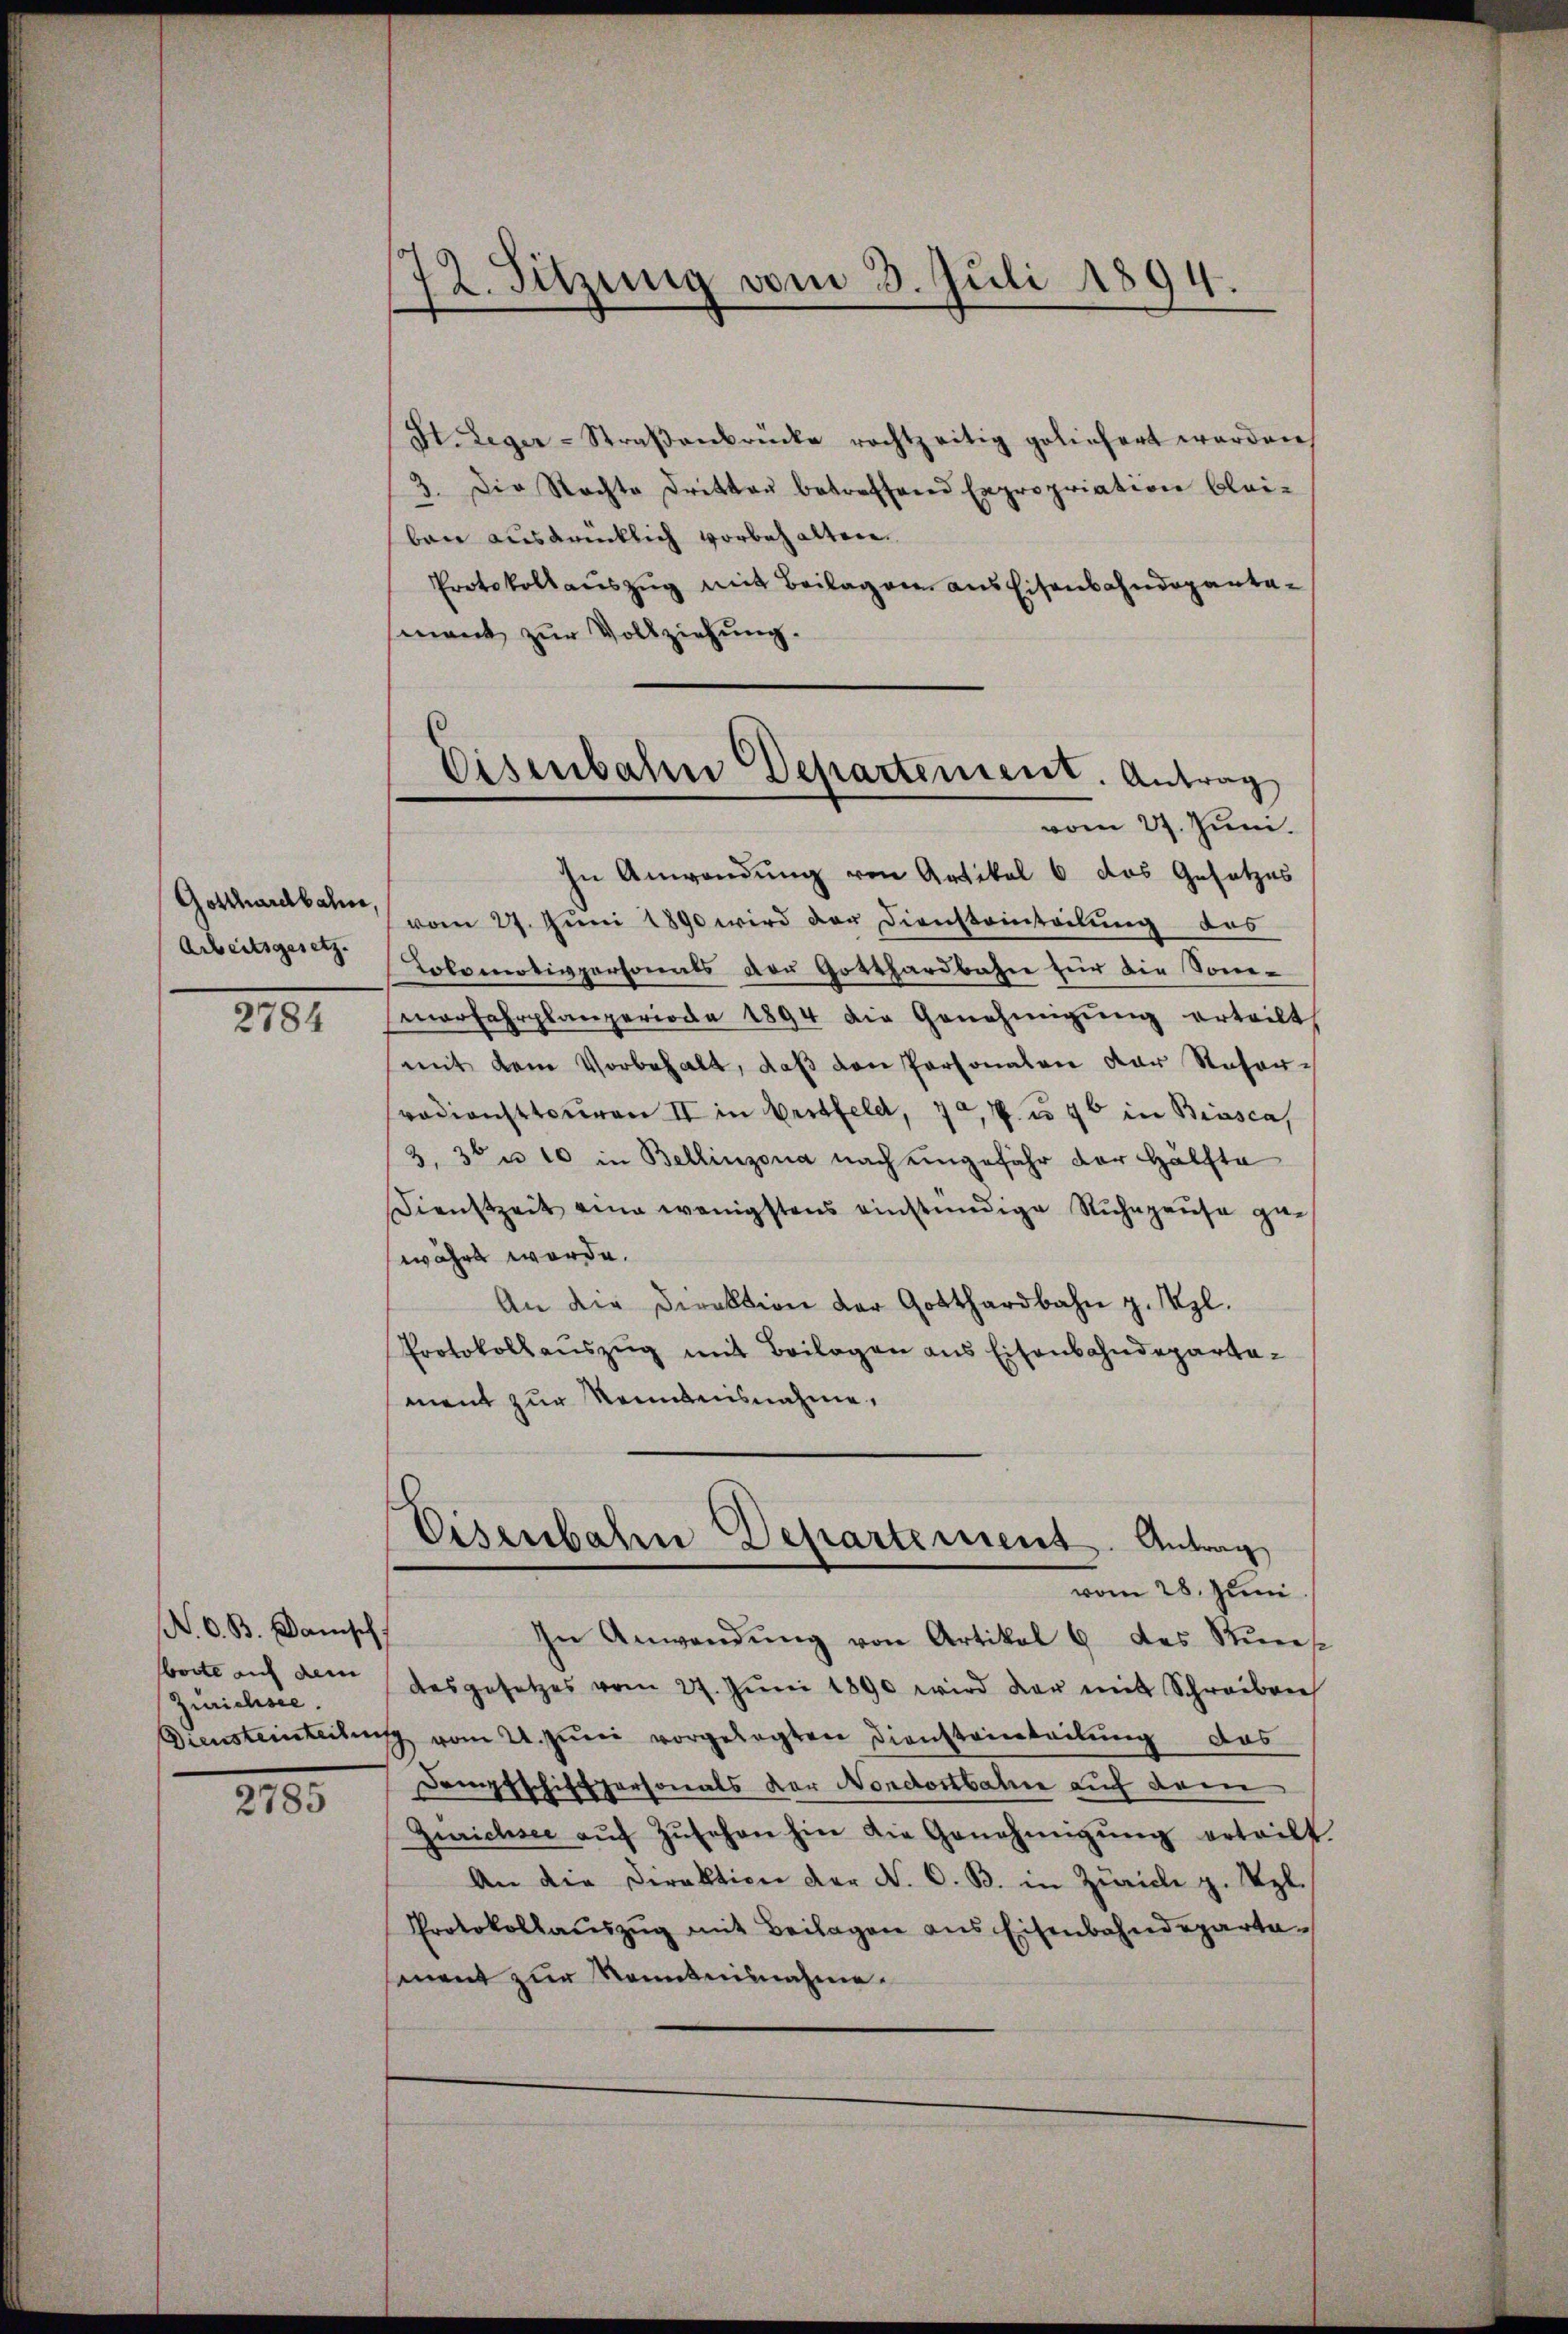
Gotthardbahn,
Arbeitsgesetz.

2784

N. O. B. Danisch
borte auf dem
Zürichsee.

2785

12. Sitzung vom 3. Juli 1894.

St. Leger-Straβenbrücke rechtzeitig geliefert werden,
3. Die Rechte Dritten betreffend Expropriation blei-
ben ausdrücklich vorbehalten.
Protokollauszug mit Beilagen aus Eisenbahndepartemant zur Vollziehung.

In Anwendung von Artikel 6 das Gesetzes
vom 27. Juni 1890 wird der Diensteinteilung des
Lokomotivpersonals der Gotthardbahn für die Sonemerfahrplanperiode 1894 die Genehmigung erteilt
mit dem Vorbehalt, daß von Personalen der Reforvodienstteuren II in Versfeld, 72, 7 u. 46 in Biasca,
3, 30 n 10 in Bellinzona nach eingefähr der Hälfte
Dienstzeit eine wenigstens einständige Ruhepriese gewährt werde.
An die Direktion der Gotthardbahn z. Vgl.
Protokollaŭszŭg mit Beilagen ans Eisenbahndeparta-
ment zur Kenntnisnahme.

Eisenbahn Departement. Antrag
vom 27. Juni.

Eisenbahn Departement. Antrag
vom 28. Juni

In Anwendŭng von Artikel 6 des Küns
desgesetzes vom 27. Jŭni 1890 wird der mit Schreiben
Diensteinleitung vom 21. Juni vorgelegten Diensteinteilung das
Dampfschiftpersonals der Nordostbahre auf dem
Zürichsee aŭf Zŭsehen hin die Genehmigŭng erteilt.
An die Direktion der N. O. B. in Zürich g. Vgl.
Protokollaŭszŭg mit Beilagen ans Eisenbahndeparta
ment zur Kenntnisnahme.